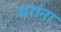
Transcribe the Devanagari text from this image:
थरांना